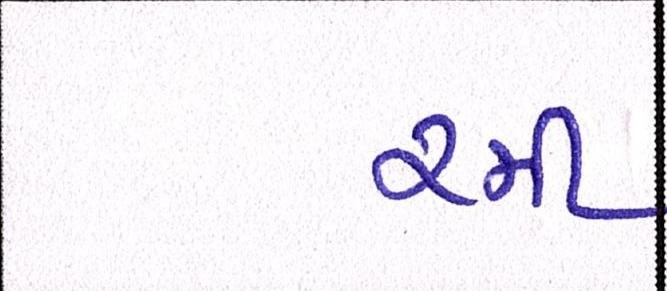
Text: રમી